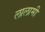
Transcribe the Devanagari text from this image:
लालामी